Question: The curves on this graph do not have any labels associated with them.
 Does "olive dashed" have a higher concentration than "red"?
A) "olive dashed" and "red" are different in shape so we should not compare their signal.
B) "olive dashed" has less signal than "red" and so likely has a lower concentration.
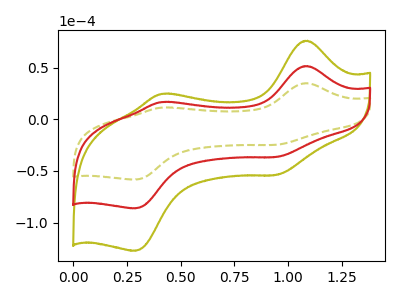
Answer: <think>The olive dashed curve "olive dashed" has anodic peaks at (1.10V, 34.85uA) (0.40V, 11.25uA) and cathodic peaks at (0.95V, -24.70uA) (0.30V, -58.40uA). The olive curve "olive" has anodic peaks at (1.10V, 102.90uA) (0.40V, 33.25uA) and cathodic peaks at (0.95V, -73.00uA) (0.30V, -172.40uA). The red curve "red" has anodic peaks at (1.10V, 51.45uA) (0.40V, 16.60uA) and cathodic peaks at (0.95V, -36.50uA) (0.30V, -86.20uA).
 All the peaks in "olive dashed" have a peak in "red" at the same potential. Every peak in "olive dashed" is lower than every peak in "red".</think>
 <answer>B) "olive dashed" has less signal than "red" and so likely has a lower concentration.</answer>
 <eval>B</eval>